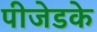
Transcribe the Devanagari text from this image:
पीजेडके